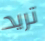
تريد